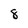
Character: 8